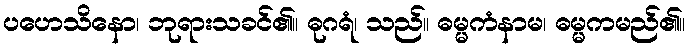
ပဟေသိနော၊ ဘုရားသခင်၏။ ဓုဂရံ၊ သည်။ ဓမ္မကံနာမ၊ ဓမ္မကမည်၏။